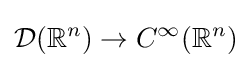
{\mathcal {D}}(\mathbb {R} ^{n})\to C^{\infty }(\mathbb {R} ^{n})